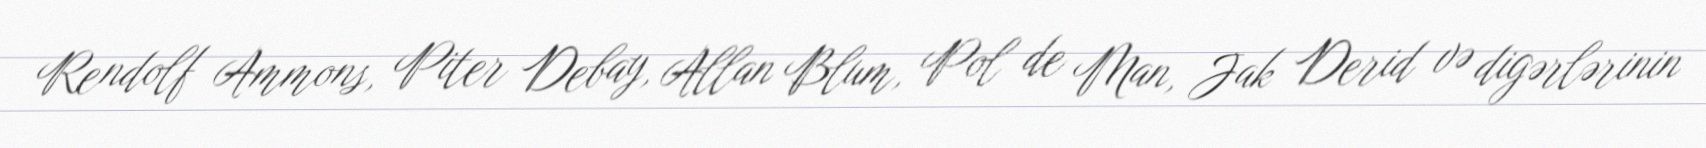
Rendolf Ammons, Piter Debay, Allan Blum, Pol de Man, Jak Derid və digərlərinin